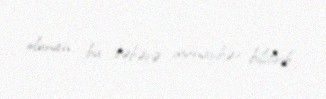
olunan bu xəbərə münasibət bildirib.